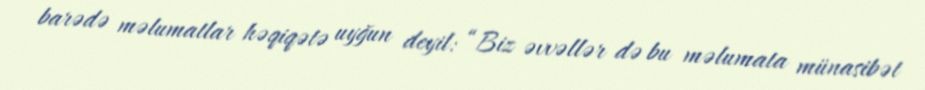
barədə məlumatlar həqiqətə uyğun deyil: “Biz əvvəllər də bu məlumata münasibət